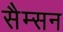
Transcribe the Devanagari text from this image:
सैम्सन